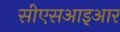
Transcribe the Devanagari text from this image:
सीएसआइआर